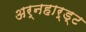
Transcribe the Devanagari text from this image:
अर्नहार्ड्ट